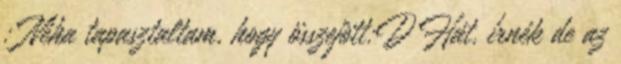
: Néha tapasztaltam, hogy összejött:D Hát, írnék de az